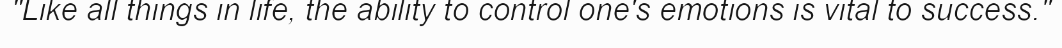
"Like all things in life, the ability to control one's emotions is vital to success."